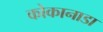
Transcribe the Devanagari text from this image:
कोकानाडा